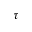
\tau